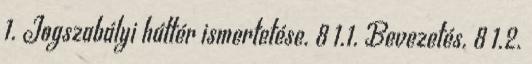
1. Jogszabályi háttér ismertetése. 8 1.1. Bevezetés. 8 1.2.